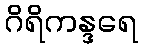
ဂိရိကန္ဒရေ